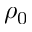
\rho _ { 0 }